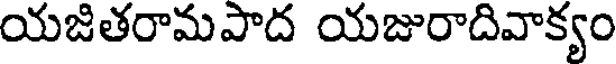
యజితరామపాద యజురాదివాక్యం